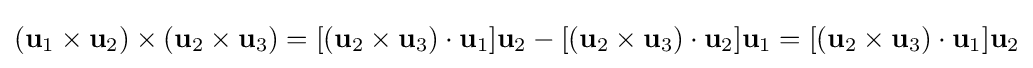
(\mathbf {u} _{1}\times \mathbf {u} _{2})\times (\mathbf {u} _{2}\times \mathbf {u} _{3})=[(\mathbf {u} _{2}\times \mathbf {u} _{3})\cdot \mathbf {u} _{1}]\mathbf {u} _{2}-[(\mathbf {u} _{2}\times \mathbf {u} _{3})\cdot \mathbf {u} _{2}]\mathbf {u} _{1}=[(\mathbf {u} _{2}\times \mathbf {u} _{3})\cdot \mathbf {u} _{1}]\mathbf {u} _{2}